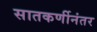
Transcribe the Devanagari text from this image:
सातकर्णीनंतर